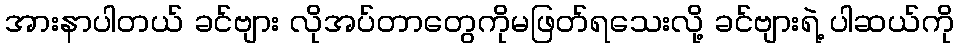
အားနာပါတယ် ခင်ဗျား လိုအပ်တာတွေကိုမဖြတ်ရသေးလို့ ခင်ဗျားရဲ့ ပါဆယ်ကို